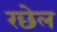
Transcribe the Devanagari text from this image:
रछेल